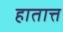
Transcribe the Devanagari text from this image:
हातात्त